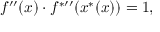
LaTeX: f ^ { \prime \prime } ( x ) \cdot f ^ { { * } \prime \prime } ( x ^ { * } ( x ) ) = 1 ,